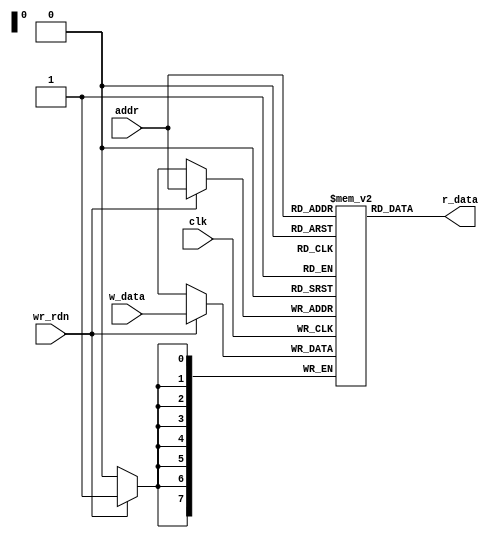
module sp_ram
  #(parameter DATA_WIDTH = 8,
              ADDR_WIDTH = 8)
 (  input clk,
    input wr_rdn,
    input [ADDR_WIDTH-1:0] addr,
    input [DATA_WIDTH-1:0] w_data,
    output [DATA_WIDTH-1:0] r_data
);

//signal declaration
reg [DATA_WIDTH-1:0] ram [2**ADDR_WIDTH-1:0];
//reg [ADDR_WIDTH-1:0] addr_reg;

//write procedure
always @(posedge clk) begin
    if (wr_rdn) begin
        ram[addr] <= w_data;
    end
 //   addr_reg <= addr;
end

//READ
//assign r_data = ram[addr_reg];
assign r_data = ram[addr];

endmodule